Anatomy and histology of ticks - Number 23
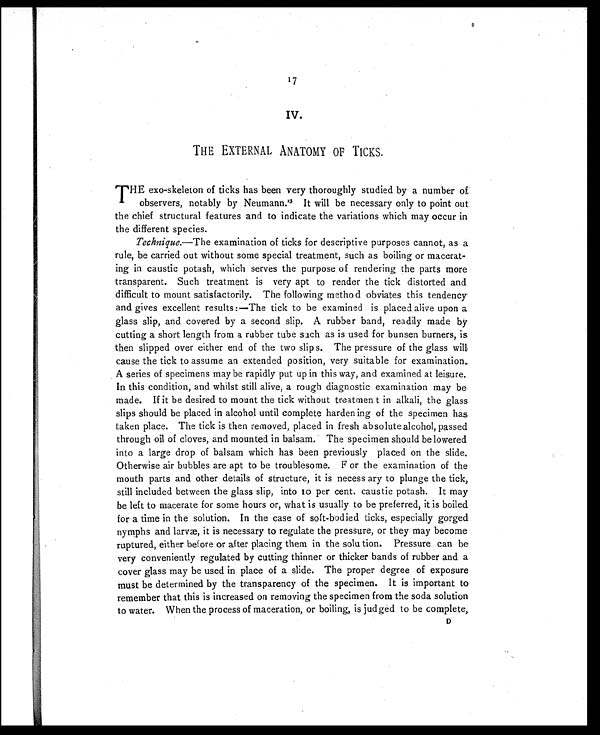
17
IV.
THE EXTERNAL ANATOMY OF TICKS.
T HE exo-skeleton of ticks has been very thoroughly studied by a number of
observers, notably by Neumann. 23It will be necessary only to point out
the chief structural features and to indicate the variations which may occur in
the different species.
Technique.—The examination of ticks for descriptive purposes cannot, as a
rule, be carried out without some special treatment, such as boiling or macerat-
ing in caustic potash, which serves the purpose of rendering the parts more
transparent. Such treatment is very apt to render the tick distorted and
difficult to mount satisfactorily. The following method obviates this tendency
and gives excellent results:—The tick to be examined is placed alive upon a
glass slip, and covered by a second slip. A rubber band, readily made by
cutting a short length from a rubber tube such as is used for bunsen burners, is
then slipped over either end of the two slips. The pressure of the glass will
cause the tick to assume an extended position, very suitable for examination.
A series of specimens may be rapidly put up in this way, and examined at leisure.
In this condition, and whilst still alive, a rough diagnostic examination may be
made. If it be desired to mount the tick without treatment in alkali, the glass
slips should be placed in alcohol until complete hardening of the specimen has
taken place. The tick is then removed, placed in fresh absolute alcohol, passed
through oil of cloves, and mounted in balsam. The specimen should be lowered
into a large drop of balsam which has been previously placed on the slide.
Otherwise air bubbles are apt to be troublesome. For the examination of the
mouth parts and other details of structure, it is necessary to plunge the tick,
still included between the glass slip, into 10 per cent. caustic potash. It may
be left to macerate for some hours or, what is usually to be preferred, it is boiled
for a time in the solution. In the case of soft-bodied ticks, especially gorged
nymphs and larvæ, it is necessary to regulate the pressure, or they may become
ruptured, either before or after placing them in the solution. Pressure can be
very conveniently regulated by cutting thinner or thicker bands of rubber and a
cover glass may be used in place of a slide. The proper degree of exposure
must be determined by the transparency of the specimen. It is important to
remember that this is increased on removing the specimen from the soda solution
to water. When the process of maceration, or boiling, is judged to be complete,
D